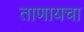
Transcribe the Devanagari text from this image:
ताणायचा